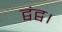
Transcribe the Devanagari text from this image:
द्वंद्व।